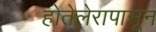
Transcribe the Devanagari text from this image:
होतेलेरापासून